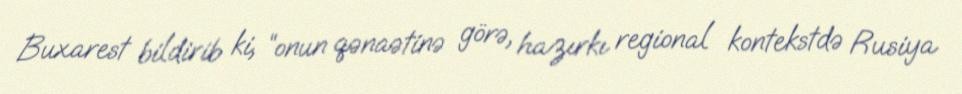
Buxarest bildirib ki, “onun qənaətinə görə, hazırkı regional kontekstdə Rusiya